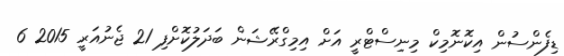
ޑިފެންސުން އިކޮނޮމިކް މިނިސްޓްރީ އަށް އިމިގްރޭޝަން ބަދަލުކޮށްފި 21 ޖެނުއަރީ 2015 6